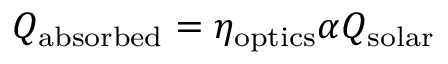
Q _ { \mathrm { a b s o r b e d } } = \eta _ { \mathrm { o p t i c s } } \alpha Q _ { \mathrm { s o l a r } }